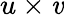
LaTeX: u\times\mathit{v}